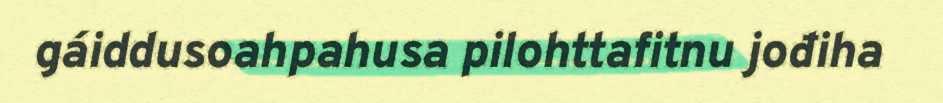
gáiddusoahpahusa pilohttafitnu jođiha